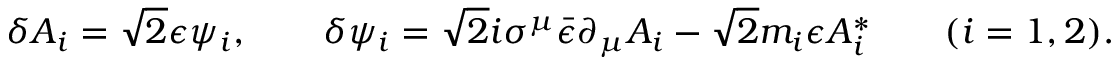
\delta A _ { i } = \sqrt { 2 } \epsilon \psi _ { i } , \qquad \delta \psi _ { i } = \sqrt { 2 } i \sigma ^ { \mu } \bar { \epsilon } \partial _ { \mu } A _ { i } - \sqrt { 2 } m _ { i } \epsilon A _ { i } ^ { * } \qquad ( i = 1 , 2 ) .